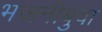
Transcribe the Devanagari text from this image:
भजनीबुवा